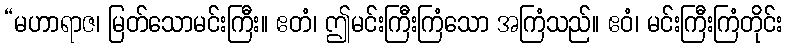
“မဟာရာဇ၊ မြတ်သောမင်းကြီး။ ဧတံ၊ ဤမင်းကြီးကြံသော အကြံသည်။ ဧဝံ၊ မင်းကြီးကြံတိုင်း